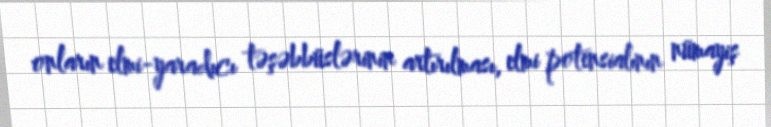
onların elmi-yaradıcı təşəbbüslərinin artırılması, elmi potensialının nümayiş